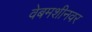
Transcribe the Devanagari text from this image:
वेबमशीनवर